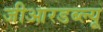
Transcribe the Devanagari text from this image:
जीआरडब्ल्यू